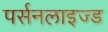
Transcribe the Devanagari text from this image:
पर्सनलाइज्ड